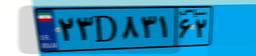
۹۵D۸۸۶۴۲